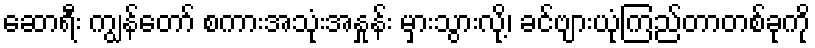
ဆောရီး ကျွန်တော် စကားအသုံးအနှုန်း မှားသွားလို့၊ ခင်ဗျားယုံကြည်တာတစ်ခုကို